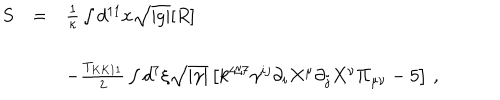
\begin{array} { r c l } { { S } } & { { = } } & { { { \frac { 1 } { \kappa } } \int d ^ { 1 1 } x \sqrt { | g | } [ R ] } } \\ { { } } & { { } } & { { } } \\ { { } } & { { } } & { { - { \frac { T _ { K K 1 1 } } { 2 } } \int d ^ { 7 } \xi \sqrt { | \gamma | } \left[ k ^ { 4 / 7 } \gamma ^ { i j } \partial _ { i } X ^ { \mu } \partial _ { j } X ^ { \nu } \Pi _ { \mu \nu } - 5 \right] \, , } } \\ \end{array}